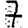
Digit: 7